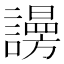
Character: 𧬒